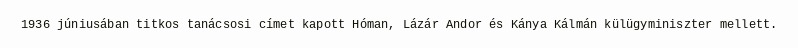
1936 júniusában titkos tanácsosi címet kapott Hóman, Lázár Andor és Kánya Kálmán külügyminiszter mellett.